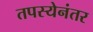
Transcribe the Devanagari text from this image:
तपस्येनंतर